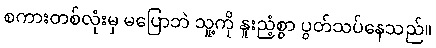
စကားတစ်လုံးမှ မပြောဘဲ သူ့ကို နူးညံ့စွာ ပွတ်သပ်နေသည်။